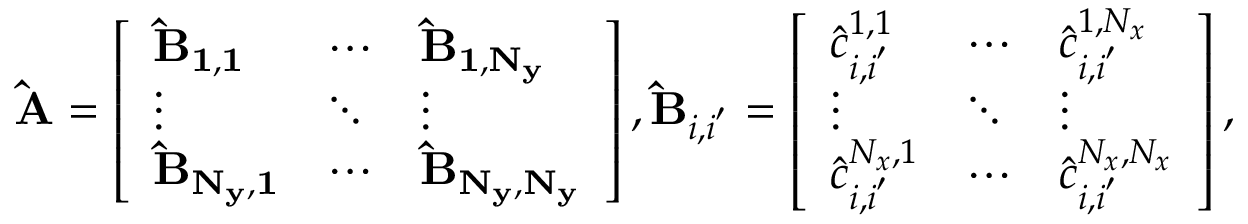
\mathbf { \hat { A } } = \left[ \begin{array} { l l l } { \mathbf { \hat { B } _ { 1 , 1 } } } & { \cdots } & { \mathbf { \hat { B } _ { 1 , N _ { y } } } } \\ { \vdots } & { \ddots } & { \vdots } \\ { \mathbf { \hat { B } _ { N _ { y } , 1 } } } & { \cdots } & { \mathbf { \hat { B } _ { N _ { y } , N _ { y } } } } \end{array} \right] , \mathbf { \hat { B } } _ { i , i ^ { ' } } = \left[ \begin{array} { l l l } { \hat { c } _ { i , i ^ { ' } } ^ { 1 , 1 } } & { \cdots } & { \hat { c } _ { i , i ^ { ' } } ^ { 1 , N _ { x } } } \\ { \vdots } & { \ddots } & { \vdots } \\ { \hat { c } _ { i , i ^ { ' } } ^ { N _ { x } , 1 } } & { \cdots } & { \hat { c } _ { i , i ^ { ' } } ^ { N _ { x } , N _ { x } } } \end{array} \right] ,